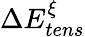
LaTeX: \Delta E_{tens}^{\xi}